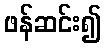
ဖန်ဆင်း၍